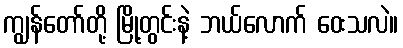
ကျွန်တော်တို့ မြို့တွင်းနဲ့ ဘယ်လောက် ဝေးသလဲ။